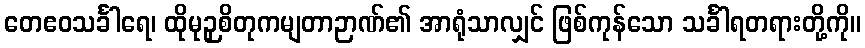
တေဧဝသင်္ခါရေ၊ ထိုမုဉှစိတုကမျတာဉာဏ်၏ အာရုံသာလျှင် ဖြစ်ကုန်သော သင်္ခါရတရားတို့ကို။